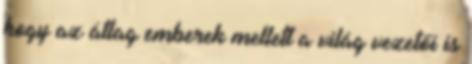
hogy az átlag emberek mellett a világ vezetői is